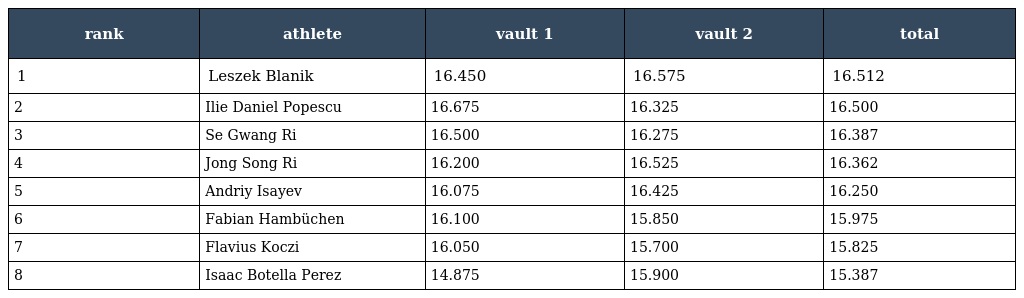
| rank | athlete | vault 1 | vault 2 | total |
 | --- | --- | --- | --- | --- |
 | 1 | Leszek Blanik | 16.450 | 16.575 | 16.512 |
 | 2 | Ilie Daniel Popescu | 16.675 | 16.325 | 16.500 |
 | 3 | Se Gwang Ri | 16.500 | 16.275 | 16.387 |
 | 4 | Jong Song Ri | 16.200 | 16.525 | 16.362 |
 | 5 | Andriy Isayev | 16.075 | 16.425 | 16.250 |
 | 6 | Fabian Hambüchen | 16.100 | 15.850 | 15.975 |
 | 7 | Flavius Koczi | 16.050 | 15.700 | 15.825 |
 | 8 | Isaac Botella Perez | 14.875 | 15.900 | 15.387 |